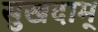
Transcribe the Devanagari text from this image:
सुखदाम्